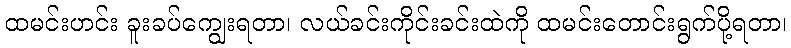
ထမင်းဟင်း ခူးခပ်ကျွေးရတာ၊ လယ်ခင်းကိုင်းခင်းထဲကို ထမင်းတောင်းရွက်ပို့ရတာ၊